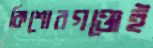
কিশোরগঞ্জেই